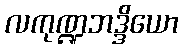
လကုဏ္ဍဘဒ္ဒိယော